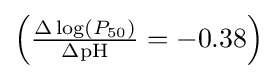
{\textstyle \left({\scriptstyle \Delta \log(P_{50}) \over \Delta {\text{pH}}}=-0.38\right)}